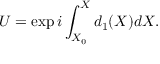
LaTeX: U = \exp { i \int _ { X _ { 0 } } ^ { X } d _ { 1 } ( X ) d X } .